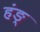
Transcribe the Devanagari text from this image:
हंङ्